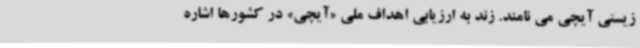
زیستی آیچی می نامند. زند به ارزیابی اهداف ملی «آیچی» در کشورها اشاره